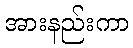
အားနည်းကာ